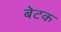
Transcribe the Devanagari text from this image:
बेटक